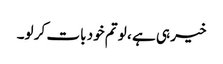
خیر ہی ہے ، لو تم خود بات کر لو۔